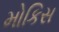
મોકિસ